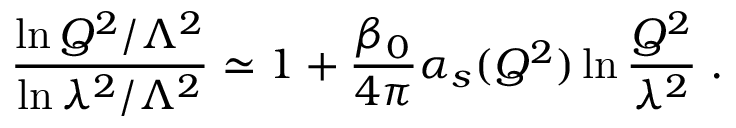
\frac { \ln Q ^ { 2 } / \Lambda ^ { 2 } } { \ln \lambda ^ { 2 } / \Lambda ^ { 2 } } \simeq 1 + \frac { \beta _ { 0 } } { 4 \pi } \alpha _ { s } ( Q ^ { 2 } ) \ln \frac { Q ^ { 2 } } { \lambda ^ { 2 } } \; .